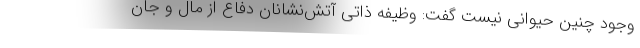
وجود چنین حیوانی نیست گفت: وظیفه ذاتی آتش‌نشانان دفاع از مال و جان